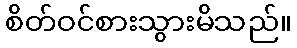
စိတ်ဝင်စားသွားမိသည်။